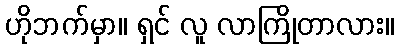
ဟိုဘက်မှာ။ ရှင် လူ လာကြိုတာလား။